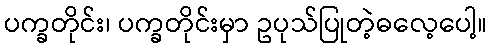
ပက္ခတိုင်း၊ ပက္ခတိုင်းမှာ ဥပုသ်ပြုတဲ့ဓလေ့ပေါ့။